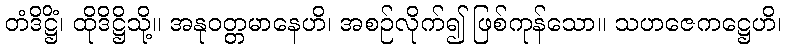
တံဒိဋ္ဌိံ၊ ထိုဒိဋ္ဌိသို့။ အနုဝတ္တမာနေဟိ၊ အစဉ်လိုက်၍ ဖြစ်ကုန်သော။ သဟဇေကဋ္ဌေဟိ၊